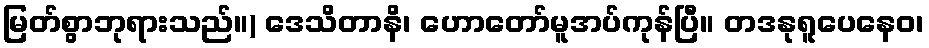
မြတ်စွာဘုရားသည်။) ဒေသိတာနိ၊ ဟောတော်မူအပ်ကုန်ပြီ။ တဒနုရူပေနေဝ၊